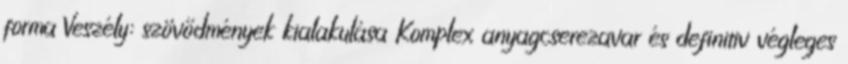
forma Veszély: szövődmények kialakulása Komplex anyagcserezavar és definitiv végleges